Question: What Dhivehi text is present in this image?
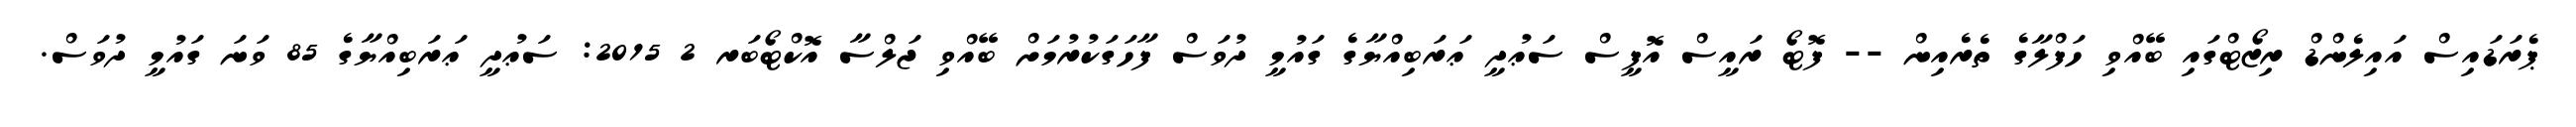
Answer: ޕެރަޑައިސް އައިލެންޑް ރިޒޯޓްގައި ބޭއްވި ހަފްލާގެ ތެރެއިން -- ފޮޓޯ ރައީސް އޮފީސް ސަޢުދީ ޢަރަބިއްޔާގެ ގައުމީ ދުވަސް ފާހަގަކުރުމަށް ބޭއްވި ޖަލްސާ އޮކްޓޯބަރ 2 2015: ސަޢުދީ ޢަރަބިއްޔާގެ 85 ވަނަ ގައުމީ ދުވަސް.